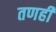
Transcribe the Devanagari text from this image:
तणही